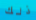
ذلك